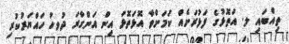
ތިއްބައި ލ. އަތޮޅުގެ ފަޅުރަށެއް ކަމަށްވާ އޮޅަތޮޅަ އިން އަންގާރަ ދުަވހު ހައްޔަރުކުރި